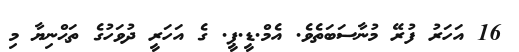
16 އަހަރު ފުރޭ މުނާސަބަތެވެ. އެމް.ޑީ.ޕީ. ގެ އަހަރީ ދުވަހުގެ ތަޙްނިޔާ މި